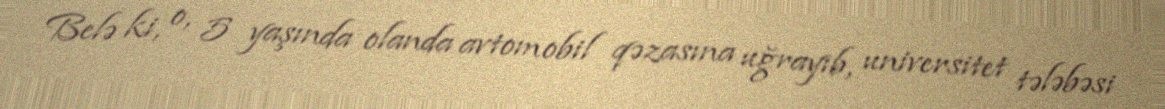
Belə ki, o, 5 yaşında olanda avtomobil qəzasına uğrayıb, universitet tələbəsi